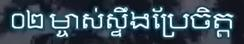
០២ ម្ចាស់ស្ទឹងប្រែចិត្ត